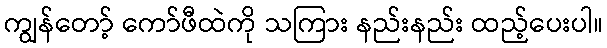
ကျွန်တော့် ကော်ဖီထဲကို သကြား နည်းနည်း ထည့်ပေးပါ။